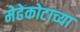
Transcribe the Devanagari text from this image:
मेढेकोटाच्या